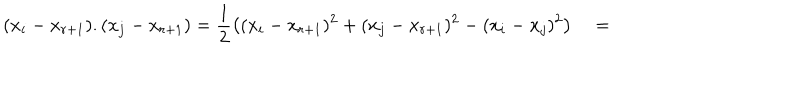
( x _ { i } - x _ { r + 1 } ) . ( x _ { j } - x _ { r + 1 } ) = \frac { 1 } { 2 } \left( ( x _ { i } - x _ { r + 1 } ) ^ { 2 } + ( x _ { j } - x _ { r + 1 } ) ^ { 2 } - ( x _ { i } - x _ { j } ) ^ { 2 } \right) \quad = \qquad